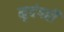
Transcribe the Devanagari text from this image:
मृदंगही